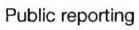
Public reporting